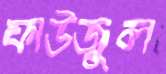
ফাউজুল